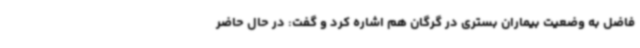
فاضل به وضعیت بیماران بستری در گرگان هم اشاره کرد و گفت: در حال حاضر